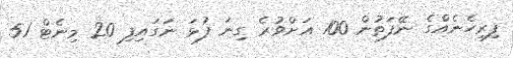
ފިރިހެނެއްގެ ނޭފަތުން 100 އަށްވުރެ ގިނަ ފުޅަ ނަގައިފި 20 މިނެޓް 51